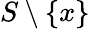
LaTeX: S\setminus\{ x\}